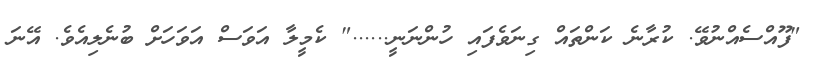
"ފޫއްސެއްނުވޭ. ކުރާނެ ކަންތައް ގިނަވެފައި ހުންނަނީ......" ކެމީލާ އަވަސް އަވަހަށް ބުނެލިއެވެ. އޭނަ